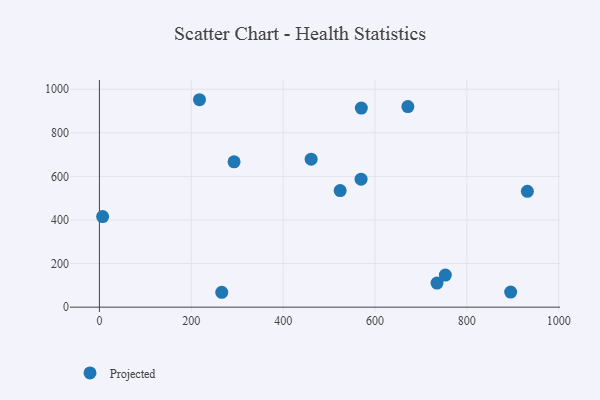
{"axis": {"x": "Distance", "y": "Fuel Efficiency"}, "legend": ["Projected"], "data": [{"x": "217.9", "y": 951.7, "type": "Projected"}, {"x": "753.2", "y": 147.0, "type": "Projected"}, {"x": "7.0", "y": 415.4, "type": "Projected"}, {"x": "931.8", "y": 531.3, "type": "Projected"}, {"x": "461.0", "y": 678.8, "type": "Projected"}, {"x": "570.3", "y": 913.2, "type": "Projected"}, {"x": "671.6", "y": 920.1, "type": "Projected"}, {"x": "569.7", "y": 587.1, "type": "Projected"}, {"x": "735.1", "y": 110.3, "type": "Projected"}, {"x": "293.2", "y": 667.0, "type": "Projected"}, {"x": "266.4", "y": 68.3, "type": "Projected"}, {"x": "895.4", "y": 69.0, "type": "Projected"}, {"x": "524.2", "y": 535.1, "type": "Projected"}]}